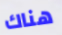
هناك